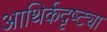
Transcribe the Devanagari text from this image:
आथिर्कदृष्ट्या